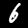
Digit: 6